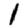
Digit: 1